system: You are a helpful assistant.
user:
Analyze the provided spectrum to determine if it is a **"Cataclysmic Variables (CV)"**.

- **Key Indicators for CV (Check for either state):**
    - **State 1: Quiescent / Low-State (Emission-Dominated)**
        - **(Primary):** Strong and *very broad* Hydrogen Balmer emission lines (e.g., $H\alpha$ at 6563 Å, $H\beta$ at 4861 Å). The 'broadness' (high velocity dispersion, often FWHM > 1000 km/s) is the key diagnostic, indicating a high-velocity accretion disk.
        - **(Secondary):** Broad neutral Helium (He I) emission lines (e.g., 5876 Å, 6678 Å).
        - **(Key Confirmation):** Presence of high-excitation *ionized* Helium (He II) emission at 4686 Å. This is a strong indicator of accretion onto a white dwarf.
        - **(Line Profile):** Emission lines may exhibit a 'double-peaked' profile, which is a classic signature of a rotating accretion disk viewed at high inclination.

    - **State 2: Outburst / High-State (Absorption-Dominated)**
        - **(Primary):** Spectrum is dominated by a bright, blue continuum (looks like a hot star).
        - **(Secondary):** The emission lines from State 1 are weak, absent, or 'filled in', and are replaced by broad, shallow *absorption* lines (primarily Balmer and He I).
        - **(Morphology):** The overall spectrum mimics a hot B/A-type star. The crucial difference is that the absorption lines are significantly broader, shallower, and more 'washed-out' (or 'smeared') than the sharp lines of a normal stellar photosphere, due to high rotational speeds and pressure broadening in the disk.

Think first, call **spectral_visualization_tool** if needed to examine features in detail, then provide your final answer. Your response must adhere to the following strict rules:
1.  **Overall Structure:** Your response must follow the format `<think>...</think> <tool_call>...</tool_call> (if a tool is used) <answer>...</answer>`.
2.  **Tool Usage Constraint:** You may only make **one** tool call per turn.
3.  **Final Answer Format:** In the `<answer>` tag, your conclusion must be inside a `\boxed{}` command (e.g., `\boxed{YES}`), followed by your justification.

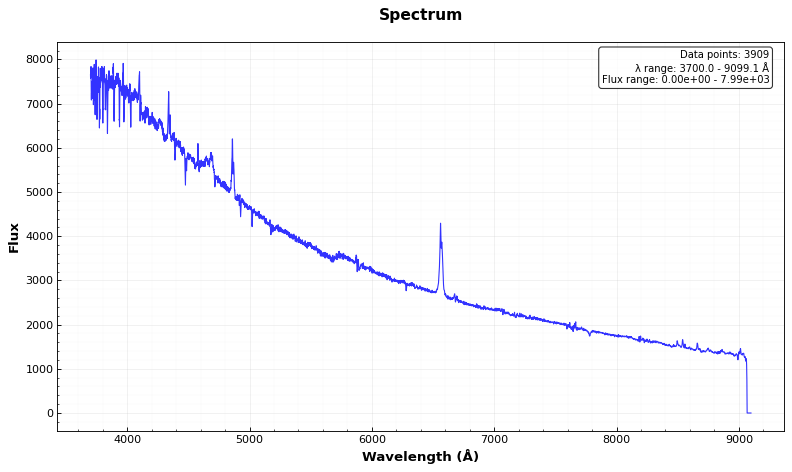
Answer: YES